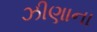
ઝીણાના